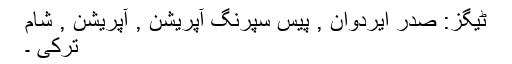
ٹیگز: صدر ایردوان , پیس سپرنگ آپریشن , آپریشن , شام
ترکی ۔